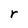
Character: r